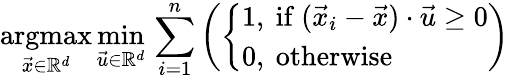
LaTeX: {\underset{{\vec{x}}\in\mathbb{R}^{d}}{\operatorname{argmax}}}\, {\underset{{\vec{u}}\in\mathbb{R}^{d}}{\min}}\, \sum_{i=1}^{n}\left({\left\{ \begin{array}{ll}{1,{\mathrm{~if~}}({\vec{x}}_{i}-{\vec{x}})\cdot{\vec{u}}\geq 0}\\ {0,{\mathrm{~otherwise}}}\end{array}\right.}\right)